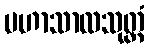
မဟာသာလသုတ္တံ